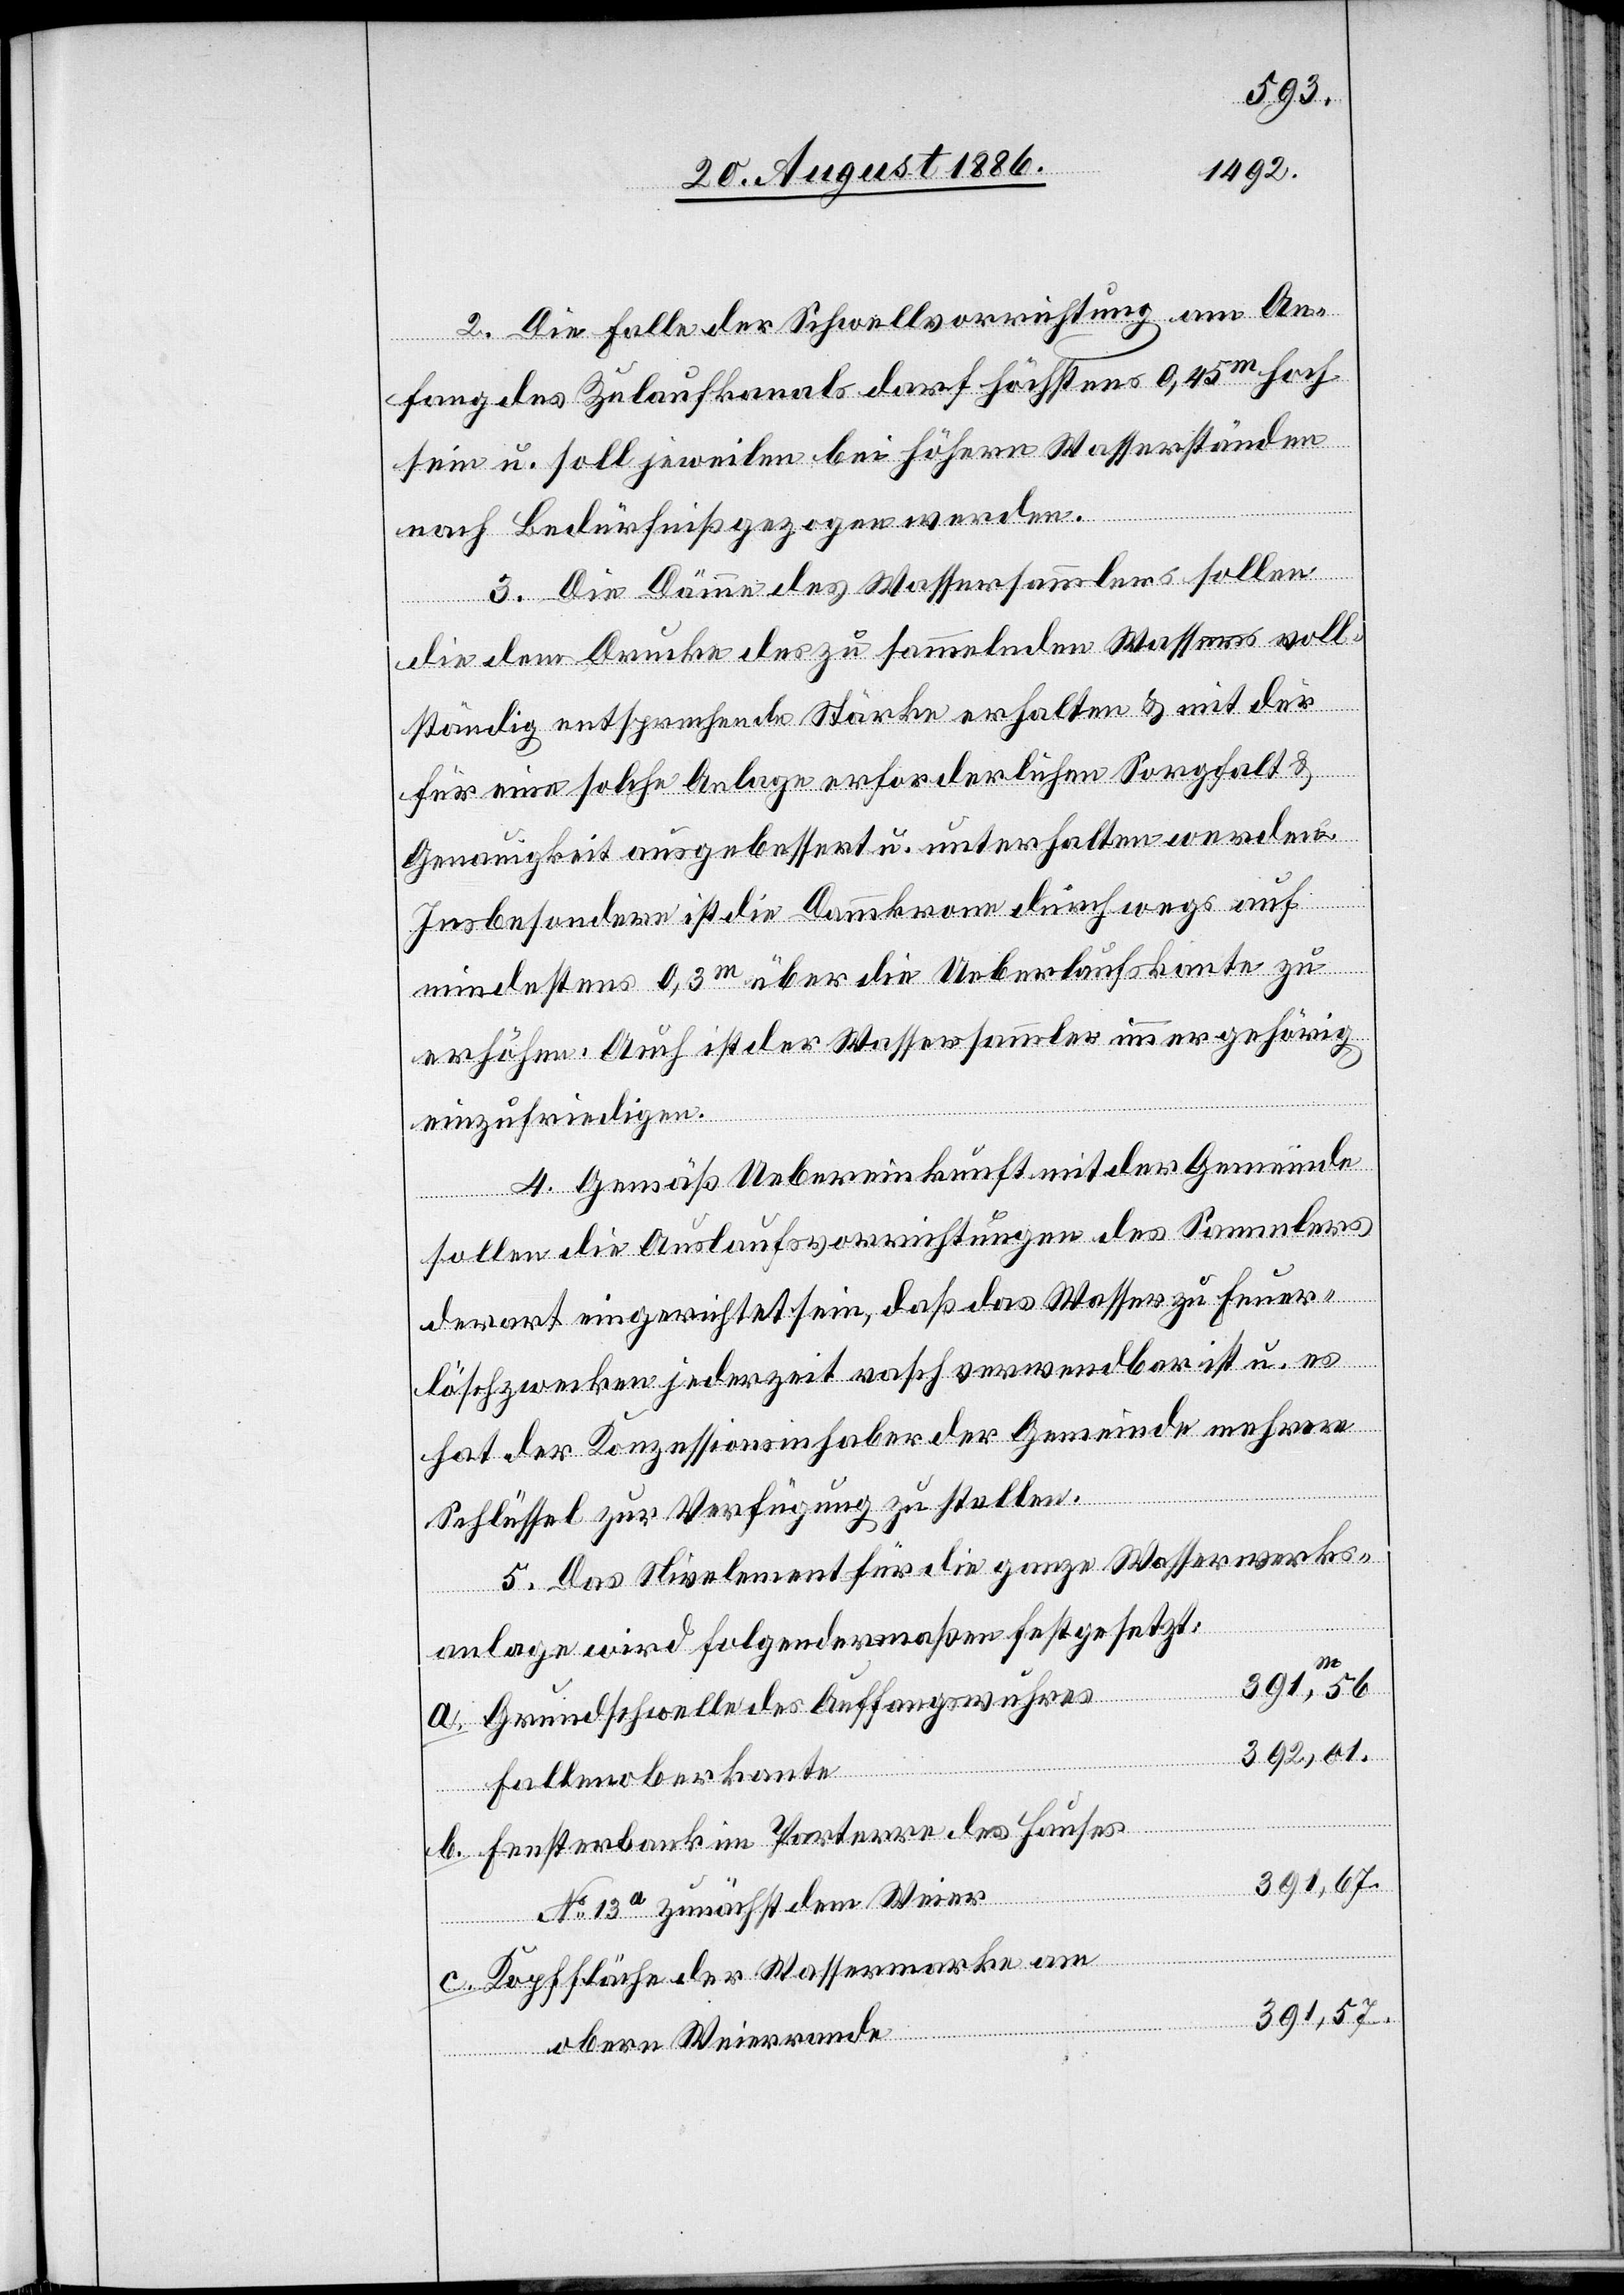
2. Die Falle der Schwellvorrichtung am An¬
fang des Zulaufkanals darf höchstens 0,45m hoch
sein u. soll jeweilen bei höhern Wasserständen
nach Bedürfniß gezogen werden.
3. Die Dämme des Wassersammlers sollen
die dem Drucke des zu sammelnden Wassers voll¬
ständig entsprechende Stärke erhalten & mit der
für eine solche Anlage erforderlichen Sorgfalt &
Genauigkeit ausgebessert u. unterhalten werden.
Insbesondere ist die Dammkrone durchwegs auf
b.
mindestens 0,3m über die Ueberlaufskante zu
erhöhen. Auch ist der Wassersammler immer gehörig
einzufriedigen.
4. Gemäß Uebereinkunft mit der Gemeinde
sollen die Auslaufsvorrichtungen des Sammlers
derart eingerichtet sein, daß das Wasser zu Feuer¬
löschzwecken jederzeit rasch verwendbar ist u. es
hat der Konzessionsinhaber der Gemeinde mehrere
Schlüssel zur Verfügung zu stellen.
5. Das Nivelement [sic!] für die ganze Wasserwerks¬
anlage wird folgendermaßen festgesetzt:
a.
391,56
Grundschwelle des Auffangswuhres
392,01
Fallenoberkante
Fensterbank im Parterre des Hauses
391,67
c.
No 13a zunächst dem Weier
Kopffläche der Wassermarke am
391,57
obern Weierrande